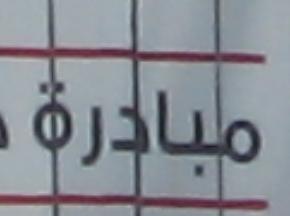
مبادة